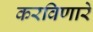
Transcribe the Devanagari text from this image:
करविणारे